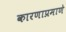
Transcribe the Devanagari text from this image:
कारणाप्रमाणे